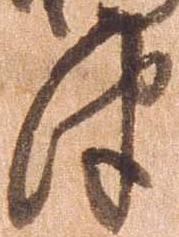
津